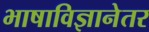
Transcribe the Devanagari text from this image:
भाषाविज्ञानेतर